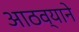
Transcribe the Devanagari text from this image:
आठव्याने